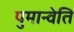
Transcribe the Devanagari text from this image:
पुमान्वेति